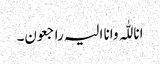
انا للّٰہ وانا الیہ راجعون۔